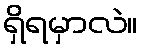
ရှိရမှာလဲ။